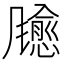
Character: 𫗃